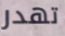
تهدر